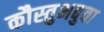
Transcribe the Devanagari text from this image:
कौस्तुभबुवा